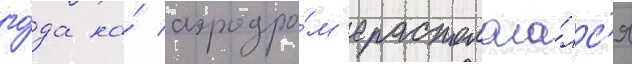
го́да на́ аэродро́м'е располага́лс'я